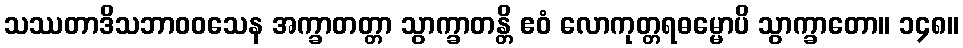
သဿတာဒိသဘာဝဝသေန အက္ခာတတ္တာ သွာက္ခာတန္တိ ဧဝံ လောကုတ္တရဓမ္မောပိ သွာက္ခာတော။ ၁၄၈။